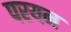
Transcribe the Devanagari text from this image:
परयन